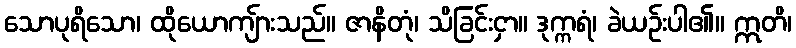
သောပုရိသော၊ ထိုယောကျ်ားသည်။ ဇာနိတုံ၊ သိခြင်းငှာ။ ဒုက္ကရံ၊ ခဲယဉ်းပါ၏။ ဣတိ၊